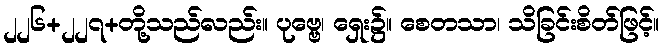
၂၂၆+၂၂၇+တို့သည်လည်း။ ပုဗ္ဗေ၊ ရှေး၌။ စေတသာ၊ သိခြင်းစိတ်ဖြင့်။